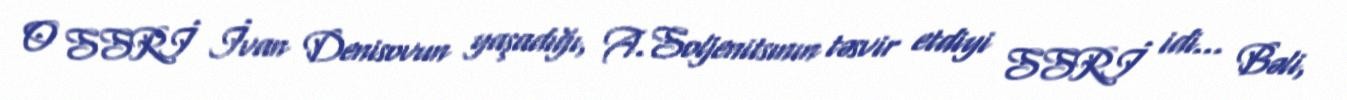
O SSRİ İvan Denisovun yaşadığı, A.Soljenitsının təsvir etdiyi SSRİ idi... Bəli,